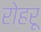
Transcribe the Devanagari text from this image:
रोहरू